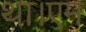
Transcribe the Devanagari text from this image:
था।एम